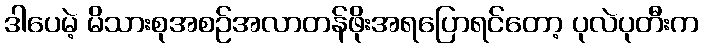
ဒါပေမဲ့ မိသားစုအစဉ်အလာတန်ဖိုးအရပြောရင်တော့ ပုလဲပုတီးက